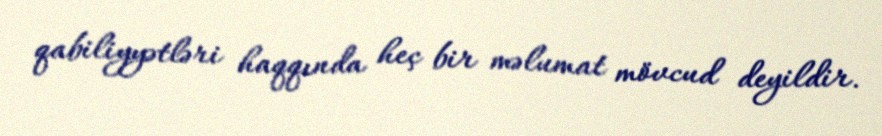
qabiliyyətləri haqqında heç bir məlumat mövcud deyildir.